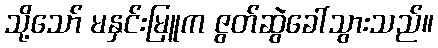
သို့သော် မနှင်းမြူက ဇွတ်ဆွဲခေါ်သွားသည်။